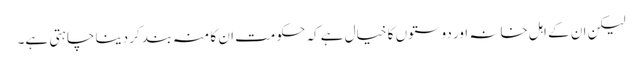
لیکن ان کے اہل خانہ اور دوستوں کا خیال ہے کہ حکومت ان کا منہ بند کر دینا چاہتی ہے۔